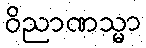
ဝိညာဏသ္မာ